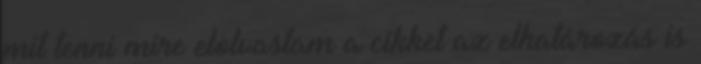
mit tenni mire elolvastam a cikket az elhatározás is